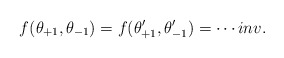
\begin{align*}f(\theta_{+1},\theta_{-1})=f(\theta'_{+1},\theta'_{-1})=\cdots inv.\end{align*}